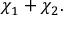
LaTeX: \chi _ { 1 } + \chi _ { 2 } .